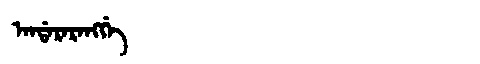
Manchu: ᠠᠨᡩᠠᡵᠠᡵᠠᠩᡤᡝ
Romanization: ANDARARANGGE